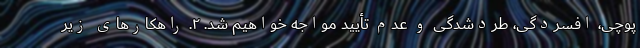
پوچی، افسردگی، طردشدگی و عدم تأیید مواجه خواهیم شد. ۲. راهکارهای زیر